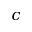
c